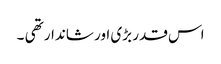
اس قدر بڑی اور شاندار تھی ۔